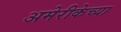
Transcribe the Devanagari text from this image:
अमेरीकेच्या